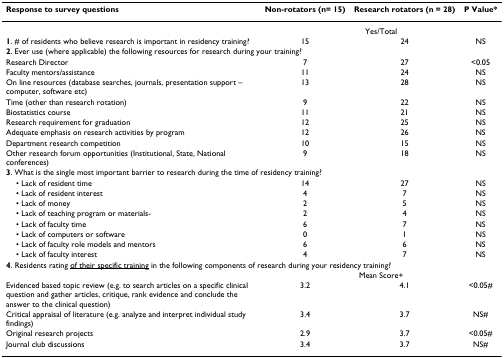
| Response to survey questions | Non-rotators (n= 15) | Research rotators (n = 28) | P Value* |
 | --- | --- | --- | --- |
 |  | <COLSPAN=3> Yes/Total |
 | 1. # of residents who believe research is important in residency training? | 15 | 24 | NS |
 | <COLSPAN=4> 2. Ever use (where applicable) the following resources for research during your training? |
 | Research Director | 7 | 27 | <0.05 |
 | Faculty mentors/assistance | 11 | 24 | NS |
 | On line resources (database searches, journals, presentation support – computer, software etc) | 13 | 28 | NS |
 | Time (other than research rotation) | 9 | 22 | NS |
 | Biostatistics course | 11 | 21 | NS |
 | Research requirement for graduation | 12 | 25 | NS |
 | Adequate emphasis on research activities by program | 12 | 26 | NS |
 | Department research competition | 10 | 15 | NS |
 | Other research forum opportunities (Institutional, State, National conferences) | 9 | 18 | NS |
 | <COLSPAN=4> 3. What is the single most important barrier to research during the time of residency training? |
 | • Lack of resident time | 14 | 27 | NS |
 | • Lack of resident interest | 4 | 7 | NS |
 | • Lack of money | 2 | 5 | NS |
 | • Lack of teaching program or materials- | 2 | 4 | NS |
 | • Lack of faculty time | 6 | 7 | NS |
 | • Lack of computers or software | 0 | 1 | NS |
 | • Lack of faculty role models and mentors | 6 | 6 | NS |
 | • Lack of faculty interest | 4 | 7 | NS |
 | <COLSPAN=4> 4. Residents rating <underline>of their specific training</underline> in the following components of research during your residency training? |
 |  | <COLSPAN=3> Mean Score+ |
 | Evidenced based topic review (e.g. to search articles on a specific clinical question and gather articles, critique, rank evidence and conclude the answer to the clinical question) | 3.2 | 4.1 | <0.05# |
 | Critical appraisal of literature (e.g. analyze and interpret individual study findings) | 3.4 | 3.7 | NS# |
 | Original research projects | 2.9 | 3.7 | <0.05# |
 | Journal club discussions | 3.4 | 3.7 | NS# |